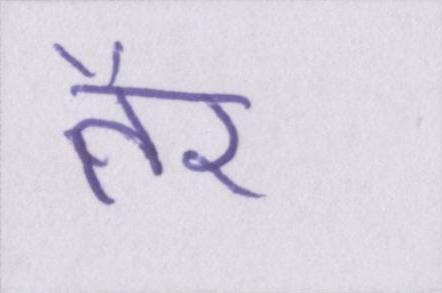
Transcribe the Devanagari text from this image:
तैर